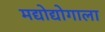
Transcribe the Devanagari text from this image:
मद्योद्योगाला